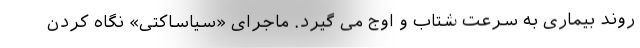
روند بیماری به سرعت شتاب و اوج می گیرد. ماجرای «سیاساکتی» نگاه کردن